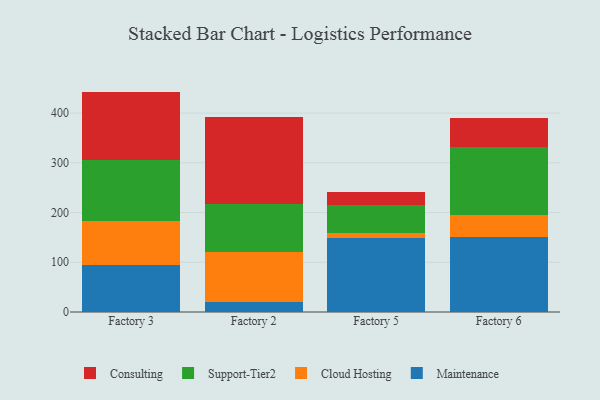
{"axis": {"x": "Factory", "y": "Customer Acquisition Cost (USD)"}, "legend": ["Cloud Hosting", "Consulting", "Maintenance", "Support-Tier2"], "data": [{"x": "Factory 3", "y": 95.1, "type": "Maintenance"}, {"x": "Factory 3", "y": 87.9, "type": "Cloud Hosting"}, {"x": "Factory 3", "y": 122.6, "type": "Support-Tier2"}, {"x": "Factory 3", "y": 137.6, "type": "Consulting"}, {"x": "Factory 2", "y": 21.1, "type": "Maintenance"}, {"x": "Factory 2", "y": 98.6, "type": "Cloud Hosting"}, {"x": "Factory 2", "y": 98.0, "type": "Support-Tier2"}, {"x": "Factory 2", "y": 175.0, "type": "Consulting"}, {"x": "Factory 5", "y": 148.8, "type": "Maintenance"}, {"x": "Factory 5", "y": 9.2, "type": "Cloud Hosting"}, {"x": "Factory 5", "y": 56.4, "type": "Support-Tier2"}, {"x": "Factory 5", "y": 27.0, "type": "Consulting"}, {"x": "Factory 6", "y": 151.4, "type": "Maintenance"}, {"x": "Factory 6", "y": 44.4, "type": "Cloud Hosting"}, {"x": "Factory 6", "y": 135.6, "type": "Support-Tier2"}, {"x": "Factory 6", "y": 59.2, "type": "Consulting"}]}